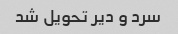
سرد و دیر تحویل شد